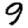
Digit: 9